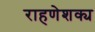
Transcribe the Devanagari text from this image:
राहणेशक्य